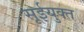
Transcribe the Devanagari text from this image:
सूईयुक्त